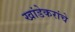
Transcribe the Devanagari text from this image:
खांडेकरांचे